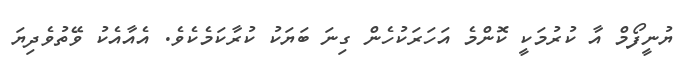
ޔުނީފޯމް އާ ކުރުމަކީ ކޮންމެ އަހަރަކުހެން ގިނަ ބަޔަކު ކުރާކަމެކެވެ. އެއާއެކު ވޭތުވެދިޔަ